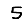
Digit: 5